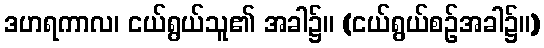
ဒဟရကာလ၊ ငယ်ရွယ်သူ၏ အခါ၌။ (ငယ်ရွယ်စဉ်အခါ၌။)